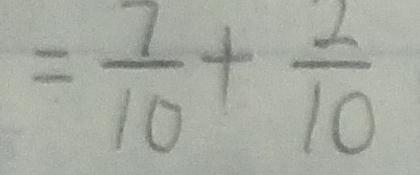
= \frac { 7 } { 1 0 } + \frac { 2 } { 1 0 }